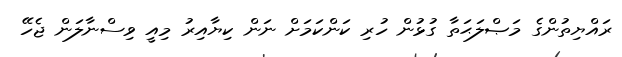
ރައްޔިތުންގެ މަޞްލަޙަތާ ގުޅުން ހުރި ކަންކަމަށް ނަން ކިޔާއިރު މިއީ ވިސްނާލަން ޖެހޭ